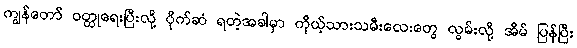
ကျွန်တော် ဝတ္ထုရေးပြီးလို့ ပိုက်ဆံ ရတဲ့အခါမှာ ကိုယ့်သားသမီးလေးတွေ လွမ်းလို့ အိမ် ပြန်ပြီး